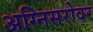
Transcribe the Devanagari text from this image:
अग्निसरोवर